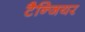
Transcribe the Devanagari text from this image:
टैन्जियर